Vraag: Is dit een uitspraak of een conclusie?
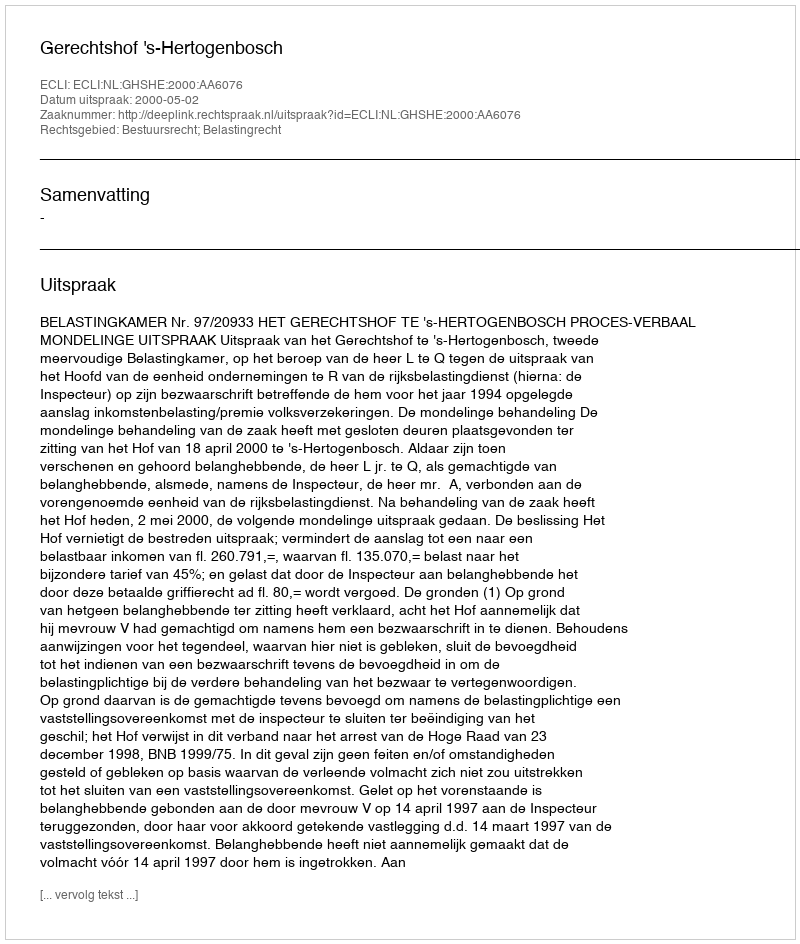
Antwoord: Uitspraak